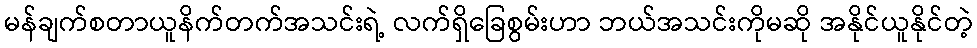
မန်ချက်စတာယူနိက်တက်အသင်းရဲ့ လက်ရှိခြေစွမ်းဟာ ဘယ်အသင်းကိုမဆို အနိုင်ယူနိုင်တဲ့